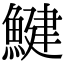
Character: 鰎